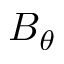
B _ { \theta }